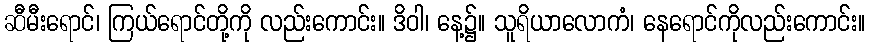
ဆီမီးရောင်၊ ကြယ်ရောင်တို့ကို လည်းကောင်း။ ဒိဝါ၊ နေ့၌။ သူရိယာလောကံ၊ နေရောင်ကိုလည်းကောင်း။